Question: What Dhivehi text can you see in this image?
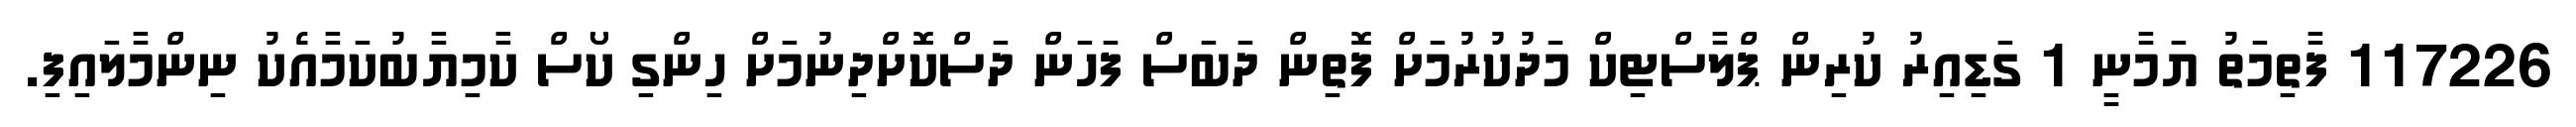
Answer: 117226 ފާތިމަތު ޔަމާނީ 1 ގަޑިއިރު ކުރިން ޕްލާސްޓިކް މަދުކުރުމަށް ފޮތިން ދަބަސް ފަހަން ދަސްކޮށްދިނުމަށް ހިންގި ކޯސް ކާމިޔާބުކަމާއެކު ނިންމާލައިފި.